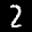
Label: 2